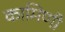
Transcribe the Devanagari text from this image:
कामिणी